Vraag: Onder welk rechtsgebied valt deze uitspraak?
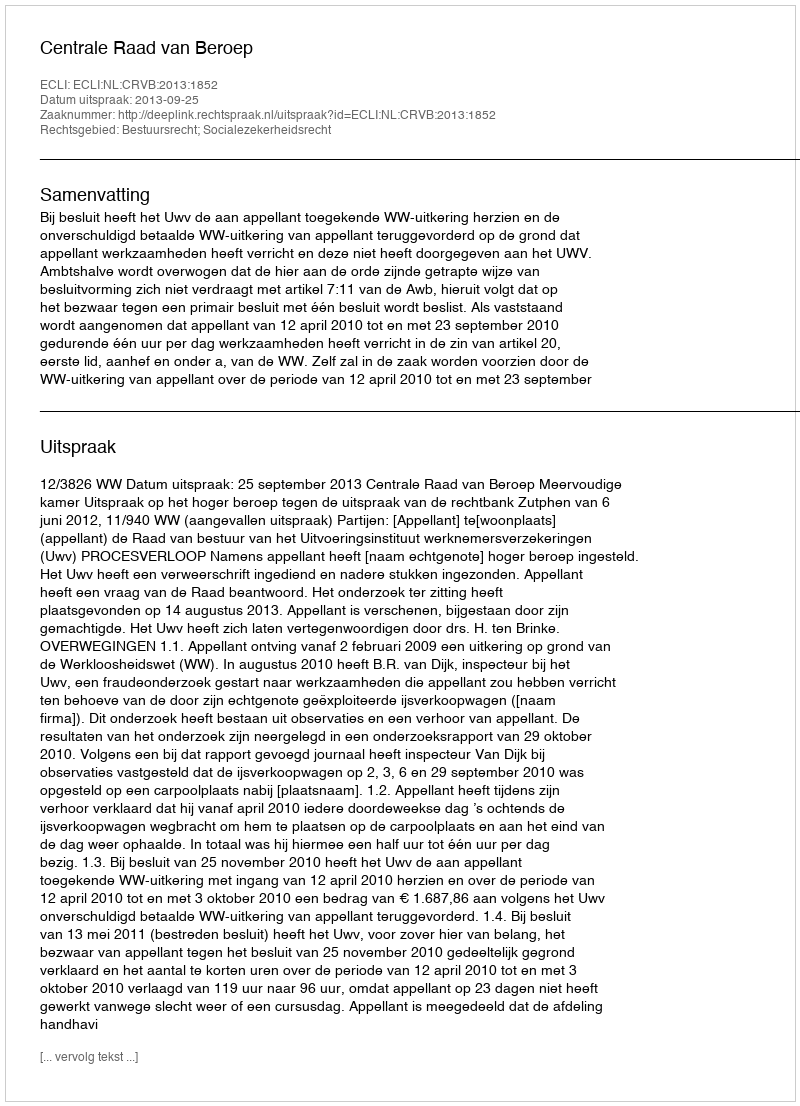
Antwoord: Bestuursrecht; Socialezekerheidsrecht